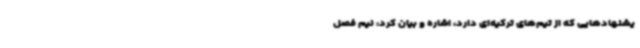
یشنهادهایی که از تیم‌های ترکیه‌ای دارد، اشاره و بیان کرد: نیم فصل